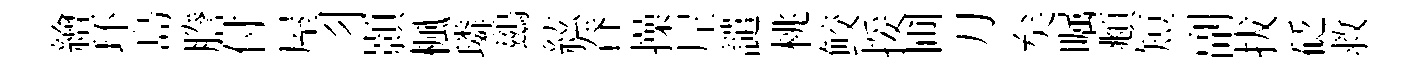
繪环島謄付屋习顥楓璘鷀絃眷操𡰱譴桃鲛挼圃刀矣嘱頫短副拔砭救